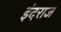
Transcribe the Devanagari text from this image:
इंदराज